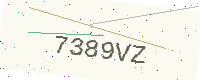
Text: 7389VZ